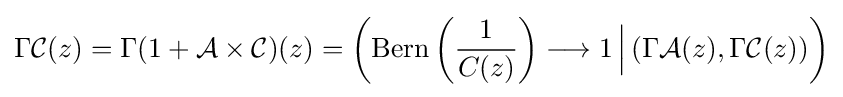
\Gamma {\mathcal {C}}(z)=\Gamma (1+{\mathcal {A}}\times {\mathcal {C}})(z)=\left(\operatorname {Bern} \left({\frac {1}{C(z)}}\right)\longrightarrow 1\,{\Big |}\,(\Gamma {\mathcal {A}}(z),\Gamma {\mathcal {C}}(z))\right)